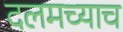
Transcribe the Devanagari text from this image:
दलमच्याच